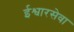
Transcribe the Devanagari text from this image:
ईश्वारसेवा